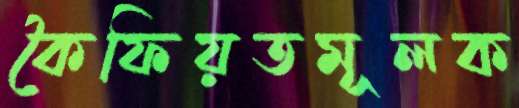
কৈফিয়তমূলক